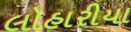
લોહારીયા